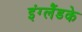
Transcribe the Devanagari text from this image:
इंग्लैंडके